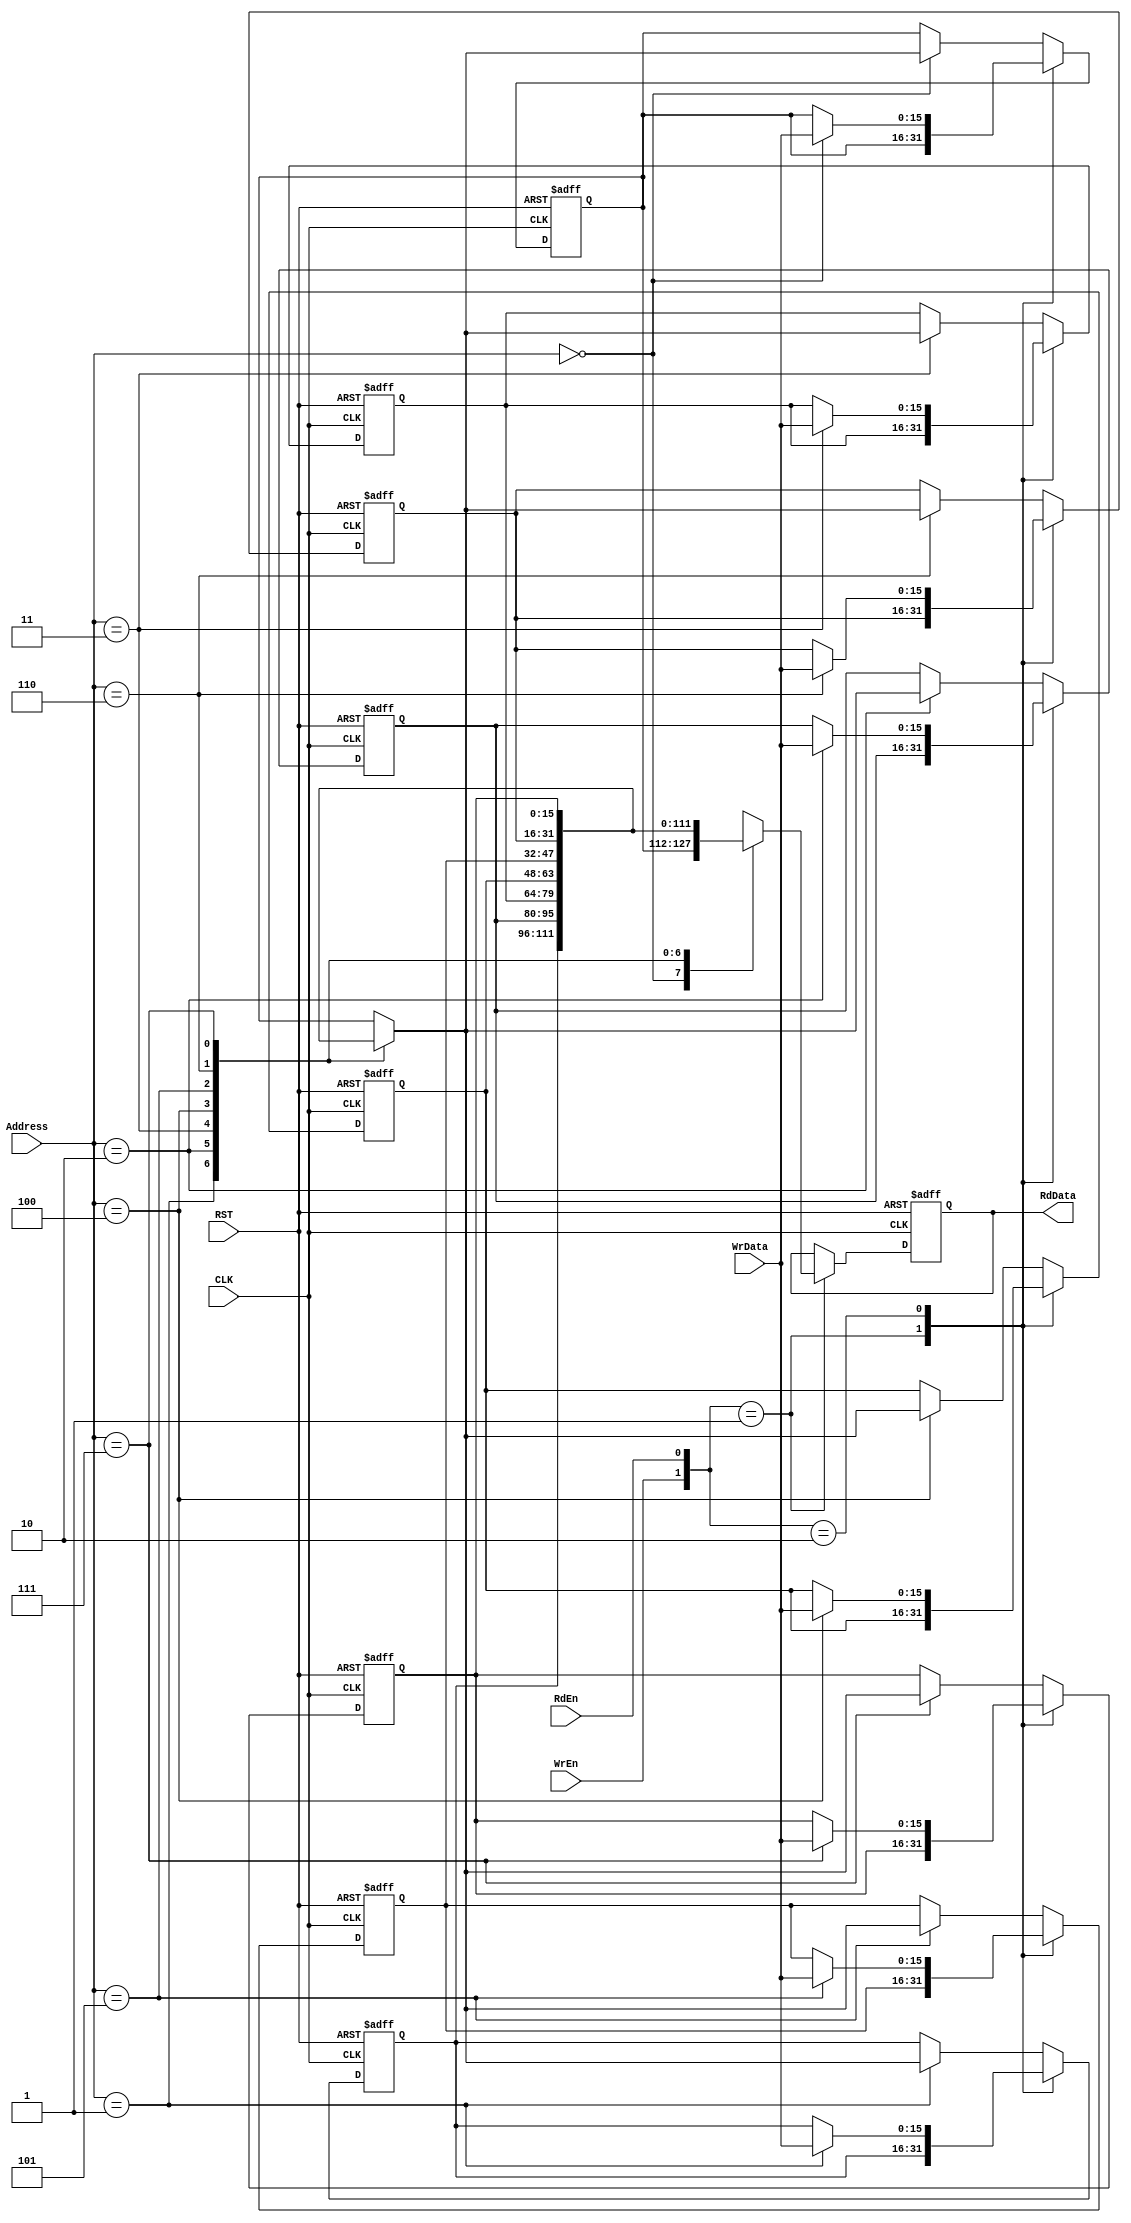
module Reg_File 
(
	input wire 		  CLK,
	input wire 		  RST,
	input wire 		  WrEn,
	input wire 		  RdEn,
	input wire [2:0]  Address,
	input wire [15:0] WrData,
	output reg [15:0] RdData
);
	
	reg [15:0] R_FILE [0:7];

	always @(posedge CLK or negedge RST) begin
		if (~RST) begin
			R_FILE[0] <= 16'b0;
			R_FILE[1] <= 16'b0;
			R_FILE[2] <= 16'b0;
			R_FILE[3] <= 16'b0;
			R_FILE[4] <= 16'b0;
			R_FILE[5] <= 16'b0;
			R_FILE[6] <= 16'b0;
			R_FILE[7] <= 16'b0;
			RdData <= 16'b0;
		end
		else begin
			case ({WrEn, RdEn})
				2'b01 :
				begin
					RdData <= R_FILE[Address];
				end
				2'b10 :
				begin
					R_FILE[Address] <= WrData;	
				end
				default :
				begin
					R_FILE[Address] <= R_FILE[Address];
					RdData <= RdData;
				end

			endcase
		end
	end




endmodule